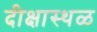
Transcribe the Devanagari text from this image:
दीक्षास्थळ